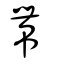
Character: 帶